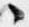
々